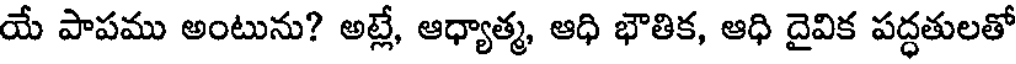
యే పాపము అంటును? అట్లే, ఆధ్యాత్మ, ఆధి భౌతిక, ఆధి దైవిక పద్ధతులతో